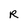
Character: R